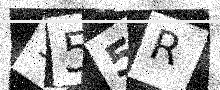
Text: 155R